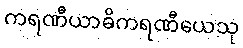
ကရဏီယာဓိကရဏီယေသု